Annual report of the Civil Veterinary Department, Bengal, and of the Bengal Veterinary College for the year 1906-1907 - 1906-1907
Year: 1906
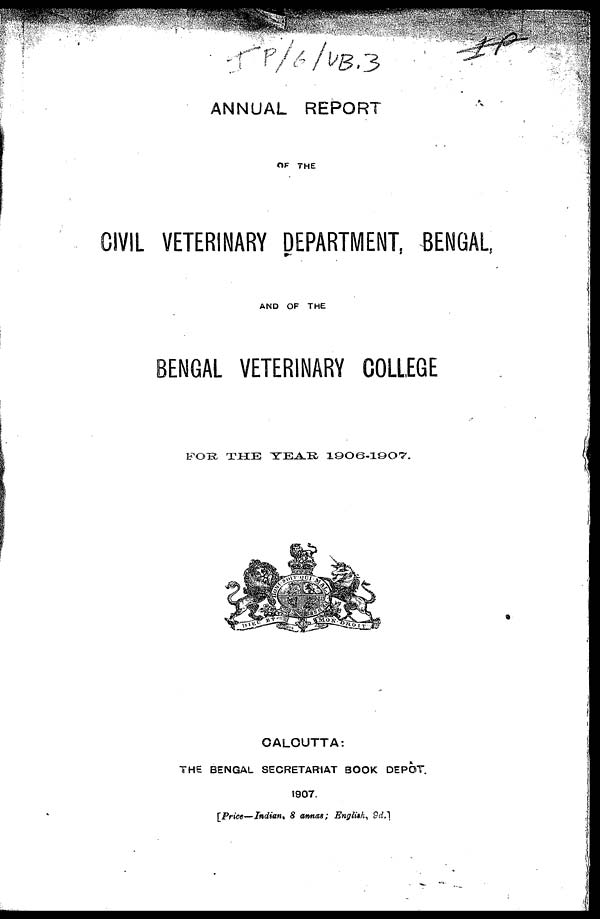
ANNUAL REPORT
OF THE
CIVIL VETERINARY DEPARTMENT, BENGAL,
AND OF THE
BENGAL VETERINARY COLLEGE
FOR
THE YEAR 1906-1907.
CALCUTTA:
THE BENGAL SECRETARIAT BOOK DEPOT.
1907.
[Price—Indian, 8 annas; English, 9d.]